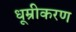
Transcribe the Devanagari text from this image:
धूम्रीकरण